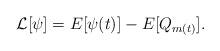
LaTeX: \begin{align*}\mathcal L[\psi] = E[\psi(t)] - E[Q_{m(t)}] .\end{align*}